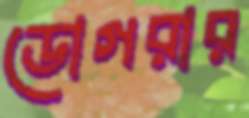
ডোগরার